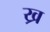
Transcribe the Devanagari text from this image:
ख्र